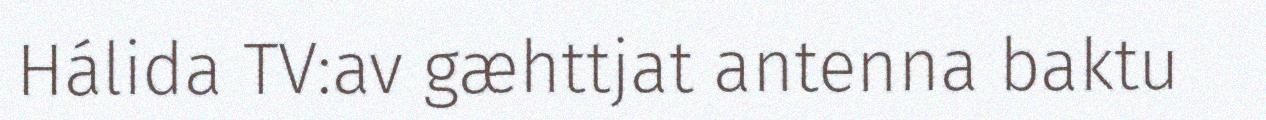
Hálida TV:av gæhttjat antenna baktu